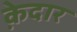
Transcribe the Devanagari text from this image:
क़ेदार